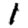
Digit: 1